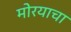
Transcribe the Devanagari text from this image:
मोरयाचा